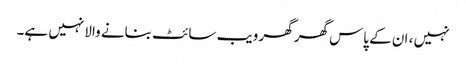
نہیں ، ان کے پاس گھر گھر ویب سائٹ بنانے والا نہیں ہے۔